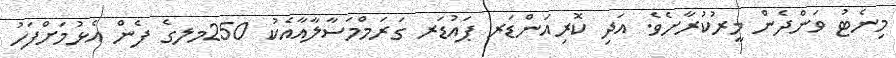
މިނެޓު ވަންދެން މީރުކުރާށެވެ. އަދި ކޮރިއަންޑަރ ޕައުޑަރ ގަރަމްމަސާލާއާއެކު 250މލގެ ފެން އެޅުމަށްފަހު